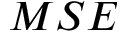
M S E